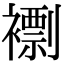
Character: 𧝼